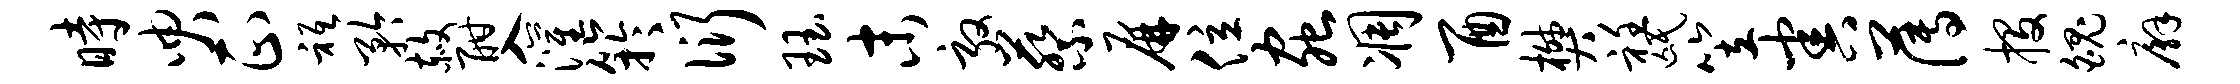
时臾正只矜赦酣入灌竽衍珏末敦蔡屏位虫凋酉樊衽氓笠害薄投魄廨